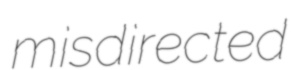
misdirected